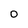
Character: 0